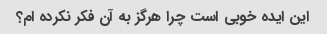
این ایده خوبی است چرا هرگز به آن فکر نکرده ام؟